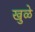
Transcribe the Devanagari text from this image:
खुळे